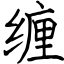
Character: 缠